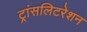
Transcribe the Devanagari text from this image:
ट्रांसलिटरेशन